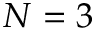
N = 3